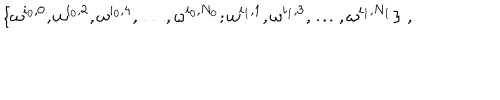
\{ \omega ^ { i _ { 0 } , 0 } , \omega ^ { i _ { 0 } , 2 } , \omega ^ { i _ { 0 } , 4 } , \ldots , \omega ^ { i _ { 0 } , N _ { 0 } } ; \omega ^ { i _ { 1 } , 1 } , \omega ^ { i _ { 1 } , 3 } , \ldots , \omega ^ { i _ { 1 } , N _ { 1 } } \} \; ,